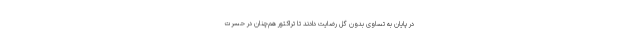
در پایان به تساوی بدون گل رضایت دادند تا تراکتور هم‌چنان در حسرت